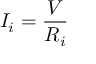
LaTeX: I _ { i } = { \frac { V } { R _ { i } } }